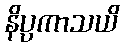
နိပ္ပကာသယိ